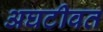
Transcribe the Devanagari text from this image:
अघटीवत